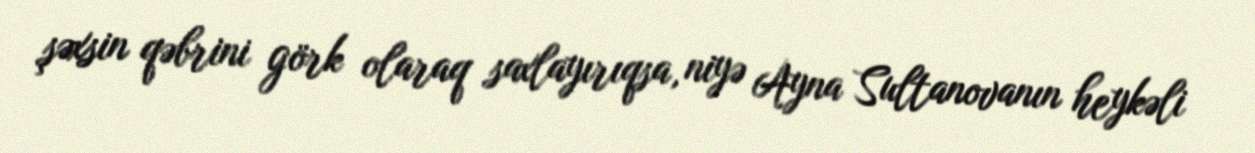
şəxsin qəbrini görk olaraq saxlayırıqsa, niyə Ayna Sultanovanın heykəli